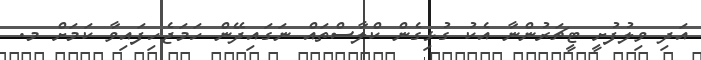
އަދި ވިލުފުށީ ޓީޗަރުންނާ އެކު ގުޅިގެން ކްލާސްތައް ނަގައިދޭން ހަމަޖެހިފައިވާ ކަމަށް މ.